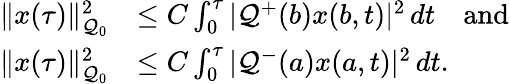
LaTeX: \begin{array}{rl}{\| x(\tau)\| _{\mathcal{Q}_{0}}^{2}}&{\leq C\int_{0}^{\tau}|\mathcal{Q}^{+}(b)x(b,t)|^{2}\, dt\quad\mathrm{and}}\\ {\| x(\tau)\| _{\mathcal{Q}_{0}}^{2}}&{\leq C\int_{0}^{\tau}|\mathcal{Q}^{-}(a)x(a,t)|^{2}\, dt.}\end{array}